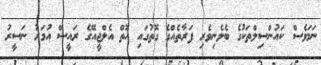
ނަމަވެސް ކައުންސިލްތަކުގެ ބެލެނިވެރި ފަރާތެއްގެ ގޮތުގައި އޮތް އެލްޖީއޭގެ ރައީސް އުމަރު ނަސީރު